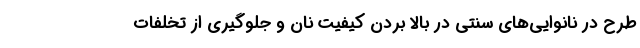
طرح در نانوایی‌های سنتی در بالا بردن کیفیت نان و جلوگیری از تخلفات